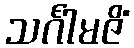
သင်္ဂါမဇိံ